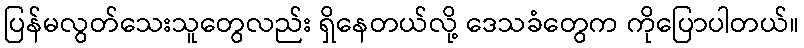
ပြန်မလွတ်သေးသူတွေလည်း ရှိနေတယ်လို့ ဒေသခံတွေက ကိုပြောပါတယ်။